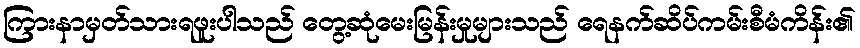
ကြားနာမှတ်သားရဖူးပါသည် တွေ့ဆုံမေးမြန်းမှုများသည် ရေနက်ဆိပ်ကမ်းစီမံကိန်း၏